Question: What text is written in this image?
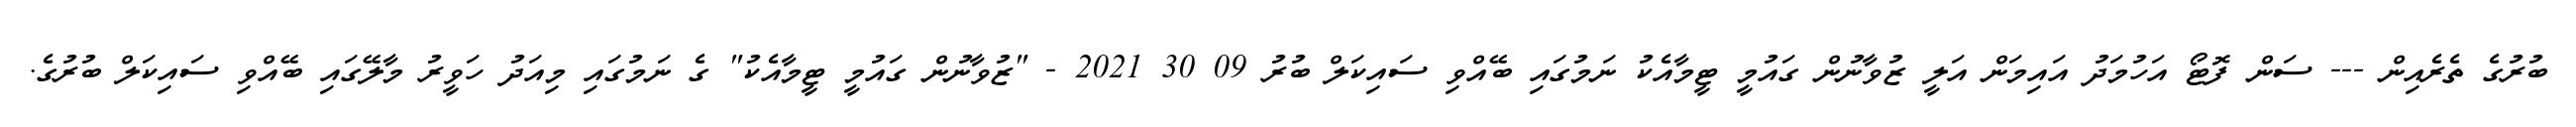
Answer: ބުރުގެ ތެރެއިން --- ސަން ފޮޓޯ އަހުމަދު އައިމަން އަލީ ޒުވާނުން ގައުމީ ޓީމާއެކު ނަމުގައި ބޭއްވި ސައިކަލް ބުރު 09 30 2021 - "ޒުވާނުން ގައުމީ ޓީމާއެކު" ގެ ނަމުގައި މިއަދު ހަވީރު މާލޭގައި ބޭއްވި ސައިކަލް ބުރުގެ.